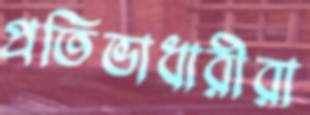
প্রতিভাধারীরা